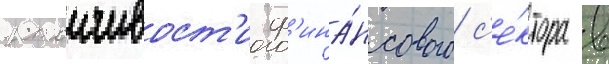
устоичивост'и ф'ина́нсового с'е́ктора в